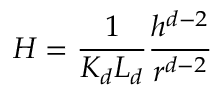
H = \frac { 1 } { K _ { d } L _ { d } } \frac { h ^ { d - 2 } } { r ^ { d - 2 } }